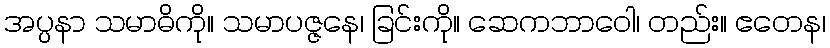
အပ္ပနာ သမာဓိကို။ သမာပဇ္ဇနေ၊ ခြင်းကို။ ဆေကဘာဝေါ၊ တည်း။ ဧတေန၊